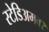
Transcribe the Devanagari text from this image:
स्टेडिअमवर